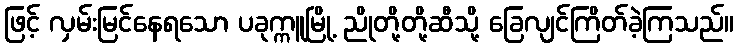
ဖြင့် လှမ်းမြင်နေရသော ပခုက္ကူမြို့ ညိုတို့တို့ဆီသို့ ခြေလျင်ကြိတ်ခဲ့ကြသည်။